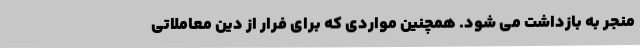
منجر به بازداشت می شود. همچنین مواردی که برای فرار از دین معاملاتی